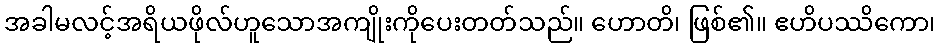
အခါမလင့်အရိယဖိုလ်ဟူသောအကျိုးကိုပေးတတ်သည်။ ဟောတိ၊ ဖြစ်၏။ ဧဟိပဿိကော၊